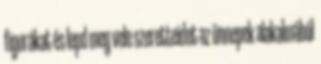
figurákat és lepd meg vele szeretteidet az ünnepek alakalmából